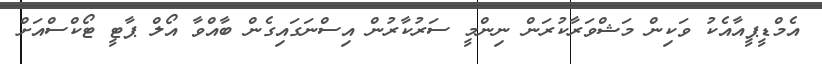
އެމްޑީޕީއާއެކު ވަކިން މަޝްވަރާކުރަން ނިންމީ ސަރުކާރުން އިސްނަގައިގެން ބާއްވާ އޯލް ޕާޓީ ޓޯކްސްއަށް